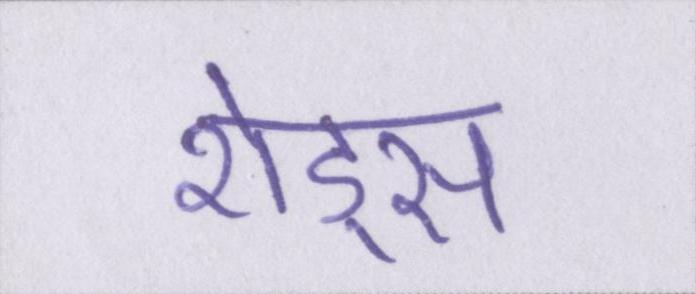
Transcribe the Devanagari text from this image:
शेड्स